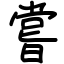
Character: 嘗